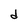
Character: d